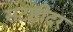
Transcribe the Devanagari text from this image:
सटहीदर